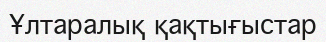
Ұлтаралық қақтығыстар